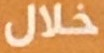
خلال